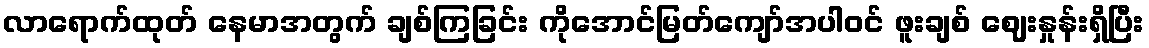
လာရောက်ထုတ် နေမာအတွက် ချစ်ကြခြင်း ကိုအောင်မြတ်ကျော်အပါဝင် ဖူးချစ် ဈေးနှုန်းရှိပြီး